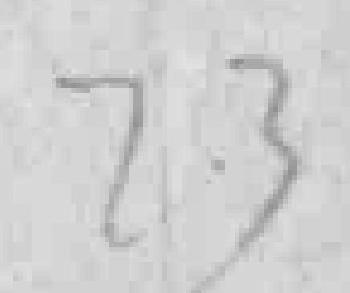
23